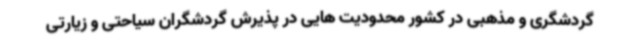
گردشگری و مذهبی در کشور محدودیت هایی در پذیرش گردشگران سیاحتی و زیارتی